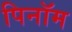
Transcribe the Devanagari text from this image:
पिनॉम